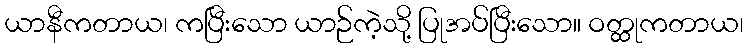
ယာနီကတာယ၊ ကပြီးသော ယာဉ်ကဲ့သို့ ပြုအပ်ပြီးသော။ ဝတ္ထုကတာယ၊